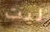
ليت